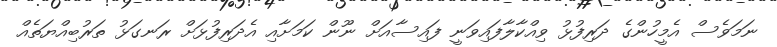
ނަމަވެސް އެމީހުންގެ ދަރިފުޅު ވިއްކާލާފައިވަނީ ފައިސާއަށް ނޫން ކަމަށާއި އެދަރިފުޅަށް ރަނގަޅު ތަރުބިއްޔަތެއް